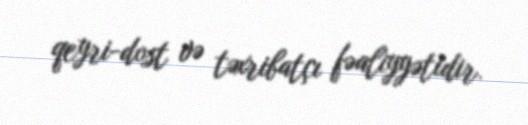
qeyri-dost və təxribatçı fəaliyyətidir.